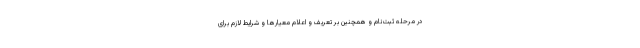
در مرحله ثبت‌نام و همچنین بر تعریف و اعلام معیارها و شرایط لازم برای